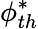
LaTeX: \phi_{th}^{*}